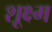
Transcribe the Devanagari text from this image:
शूक्ष्म